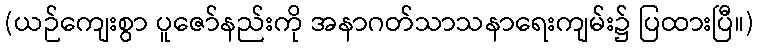
(ယဉ်ကျေးစွာ ပူဇော်နည်းကို အနာဂတ်သာသနာရေးကျမ်း၌ ပြထားပြီ။)